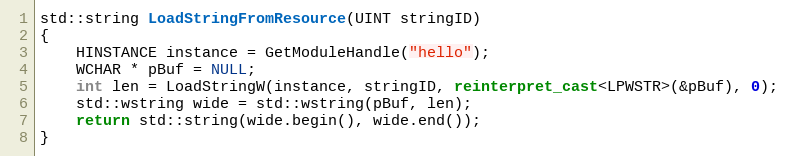
Language: C++
std::string LoadStringFromResource(UINT stringID)
{
    HINSTANCE instance = GetModuleHandle("hello");
    WCHAR * pBuf = NULL;
    int len = LoadStringW(instance, stringID, reinterpret_cast<LPWSTR>(&pBuf), 0);
    std::wstring wide = std::wstring(pBuf, len);
    return std::string(wide.begin(), wide.end());
}